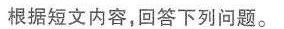
根据短文内容,回答下列问题.